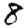
Digit: 8